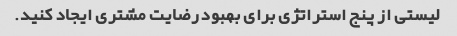
لیستی از پنج استراتژی برای بهبود رضایت مشتری ایجاد کنید.